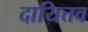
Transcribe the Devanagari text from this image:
दायित्तव